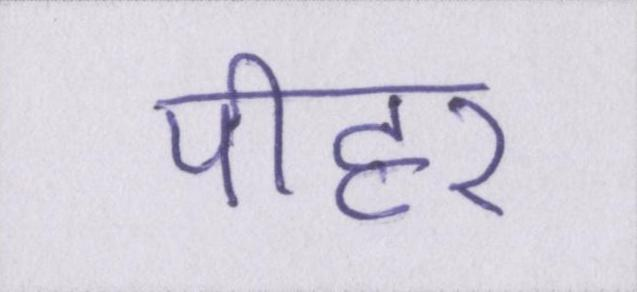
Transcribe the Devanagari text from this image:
पीहर